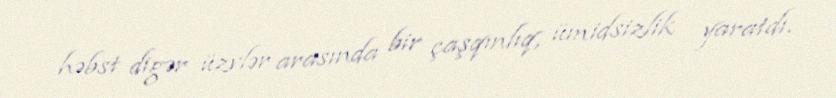
həbst digər üzvlər arasında bir çaşqınlıq, ümidsizlik yaratdı.